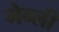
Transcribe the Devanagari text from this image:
मेन्ली